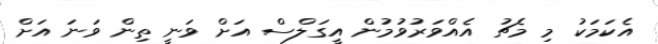
އެކަަމަކު މި މެޗު އެއްވަރުވުމުން އީގަލްސް އަށް ވަނީ ތިން ވަނަ އަށް